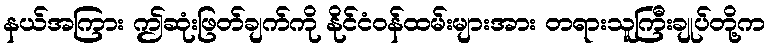
နယ်အကြား ဤဆုံးဖြတ်ချက်ကို နိုင်ငံဝန်ထမ်းများအား တရားသူကြီးချုပ်တို့က